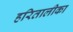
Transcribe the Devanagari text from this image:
हरितालीका